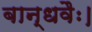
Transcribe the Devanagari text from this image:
बान्धवैः।